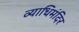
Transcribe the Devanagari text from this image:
व्याधिमंदिर